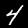
Label: 4